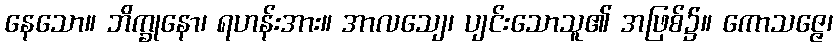
နေသော။ ဘိက္ခုနော၊ ရဟန်းအား။ အာလသျေ၊ ပျင်းသောသူ၏ အဖြစ်၌။ ကောသဇ္ဇေ၊